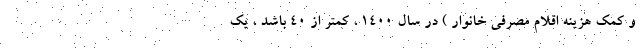
و کمک هزینه اقلام مصرفی خانوار ) در سال ۱۴۰۰ ، کمتر از ۴۰ باشد ، یک